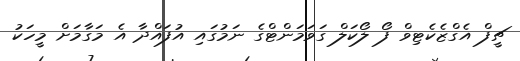
ޗީފް އެގްޒެކެޓިވް ފޯ ލޯކަލް ގަވަމަންޓްގެ ނަމުގައި އުފައްދާ އެ މަގާމަށް މީހަކު